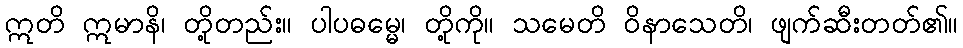
ဣတိ ဣမာနိ၊ တို့တည်း။ ပါပဓမ္မေ၊ တို့ကို။ သမေတိ ဝိနာသေတိ၊ ဖျက်ဆီးတတ်၏။